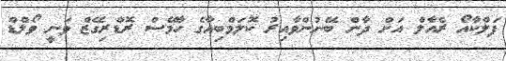
ފަލްކާއޯ ރެއާލް އަށް ދާން ބޭނުންވާއިރު ކޮލަމްބިއާގެ ހާމޭސް ރޮޑްރިގޭޒް ވަނީ ވޯލްޑް